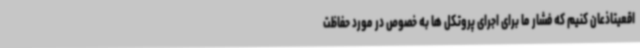
اقعیتاذعان کنیم که فشار ما برای اجرای پروتکل ها به خصوص در مورد حفاظت